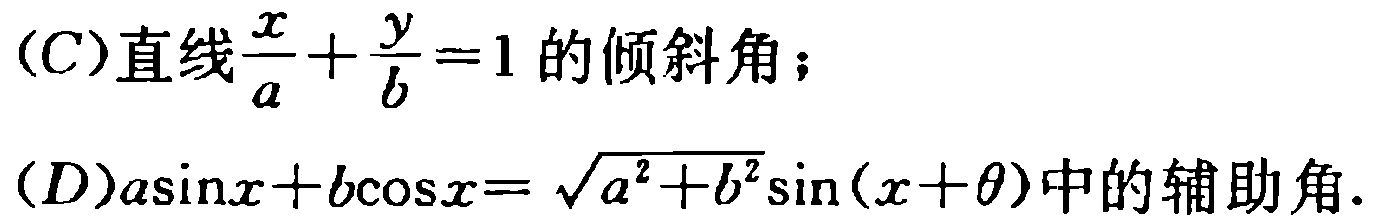
(C)直线$\frac{x}{a}+\frac{y}{b}=1$的倾斜角；

(D)$a\sin x + b\cos x = \sqrt{a^{2}+b^{2}}\sin(x + \theta)$中的辅助角.